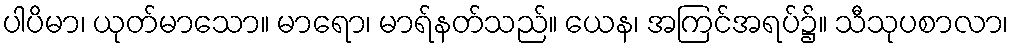
ပါပိမာ၊ ယုတ်မာသော။ မာရော၊ မာရ်နတ်သည်။ ယေန၊ အကြင်အရပ်၌။ သီသုပစာလာ၊